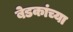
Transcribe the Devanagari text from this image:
बेडकांच्या